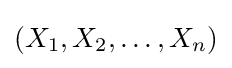
(X_{1},X_{2},\dots ,X_{n})